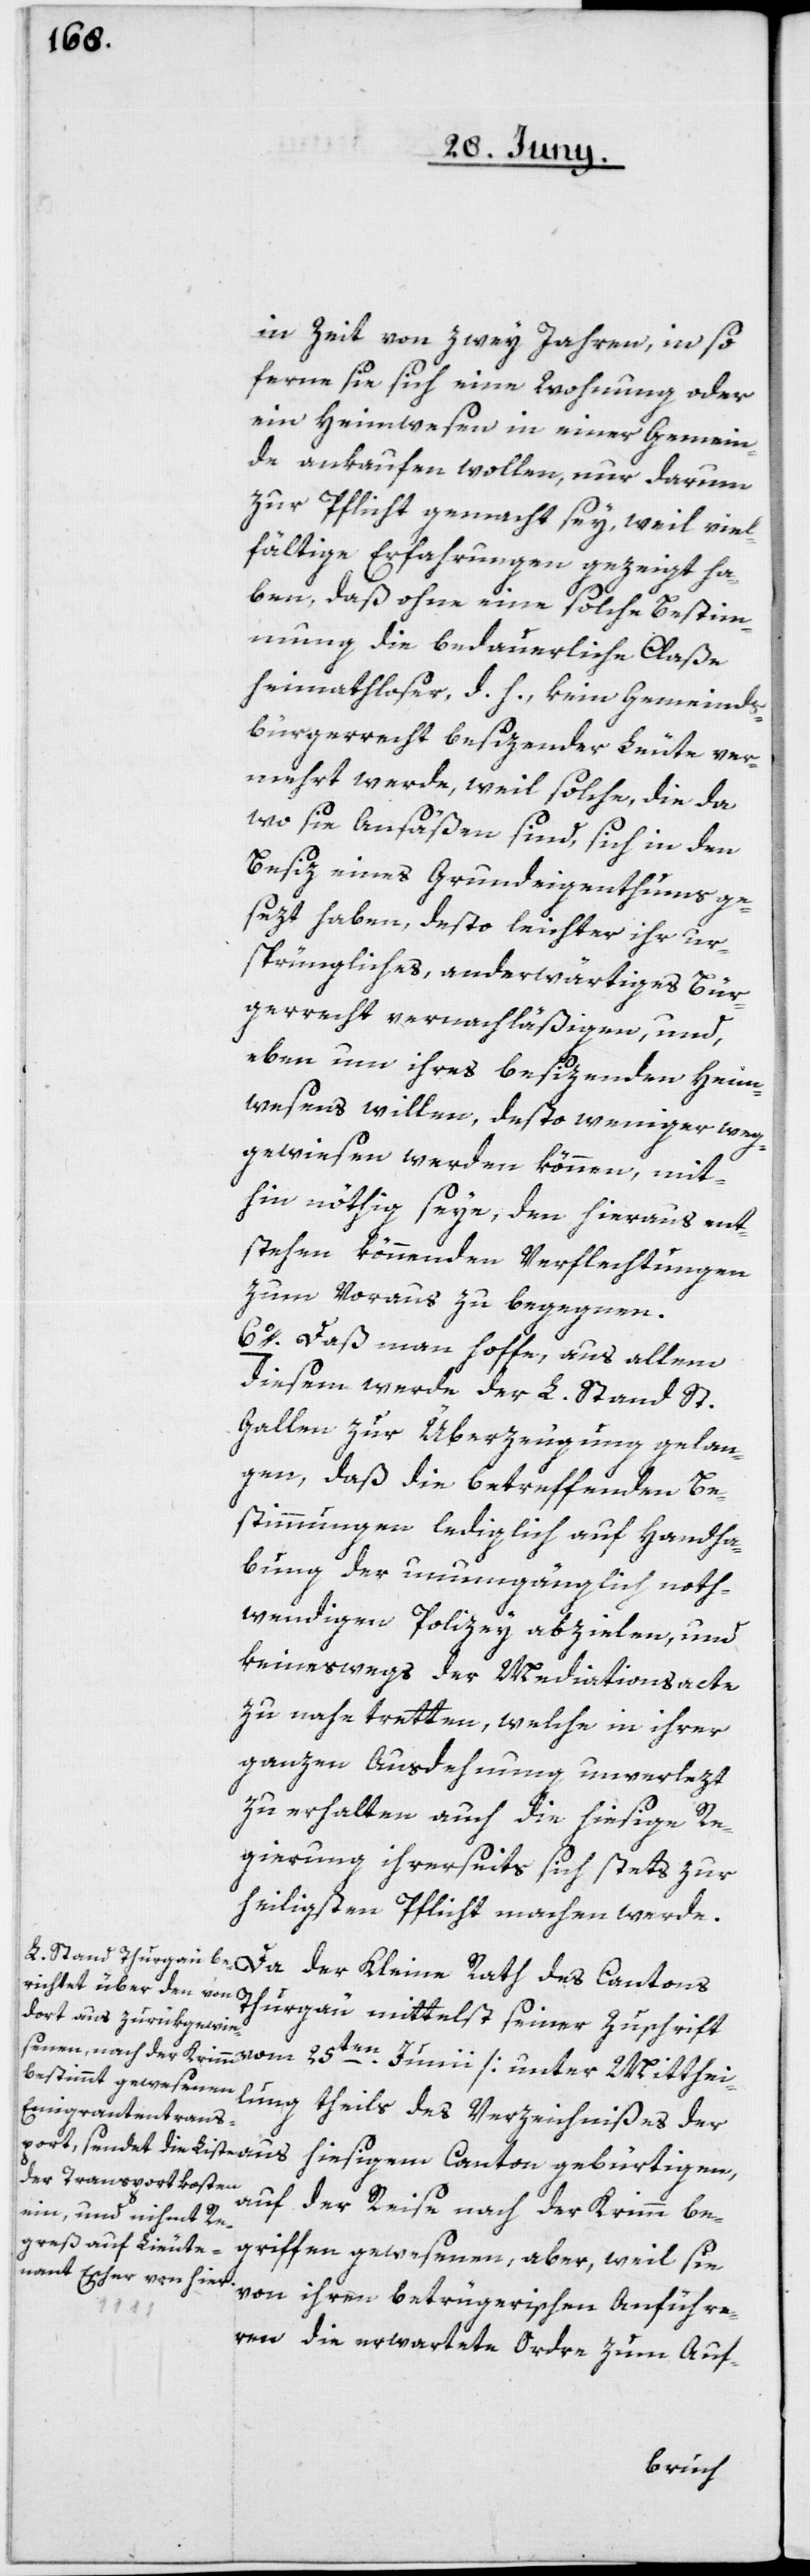
in Zeit von zwey Jahren, in so
ferne sie sich eine Wohnung oder
ein Heimwesen in einer Gemein¬
de ankaufen wollen, nur darum
zur Pflicht gemacht sey, weil viel¬
fältige Erfahrungen gezeigt ha¬
ben, daß ohne eine solche Bestim¬
mung die bedauerliche Claße
heimathloser, d. h., kein Gemeinds¬
bürgerrecht besizender Leute ver¬
mehrt werde, weil solche, die da,
wo sie Ansäßen sind, sich in den
Besiz eines Grundeigenthums ge¬
sezt haben, desto leichter ihr ur¬
sprüngliches, anderwärtiges Bür¬
gerrecht vernachläßigen, und,
eben um ihres besizenden Heim¬
wesens willen, desto weniger weg
gewiesen werden können, mit¬
hin nöthig seye, den hieraus ent¬
stehend könnenden Verflechtungen
zum Voraus zu begegnen.
6o. Daß man hoffe, aus allem
diesem werde der L. Stand St.
Gallen zur Überzeugung gelan¬
gen, daß die betreffenden Be¬
stimmungen lediglich auf Handha¬
bung der unumgänglich noth¬
wendigen Polizey abzielen, und
keineswegs der Mediationsacte
zu nahe tretten, welche in ihrer
ganzen Ausdehnung unverlezt
zu erhalten auch die hiesige Re¬
gierung ihrerseits sich stets zur
heiligsten Pflicht machen werde.
Thurgau mittelst seiner Zuschrift
lung theils des Verzeichnißes der
auf der Reise nach der Krimm be¬
griffen gewesenen, aber, weil sie
von ihren betrügerischen Anführe¬
Mitthei¬
ren die erwartete Ordre zum Auf-